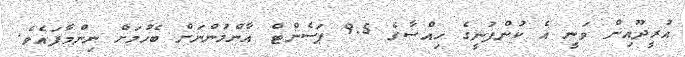
އުރީދޫއިން ވަނީ އެ ކުންފުނީގެ ހިއްސާގެ 9.5 ޕަސެންޓް އާންމުންނަށް ބެހުމަށް ނިންމާފައެވެ.